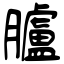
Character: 臚